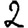
Digit: 2